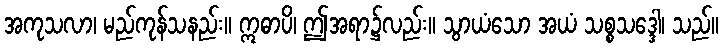
အကုသလာ၊ မည်ကုန်သနည်း။ ဣဓာပိ၊ ဤအရာ၌လည်း။ သွာယံသော အယံ သစ္စသဒ္ဒေါ၊ သည်။